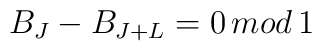
B_J - B_{J+L} = 0 \, mod \, 1